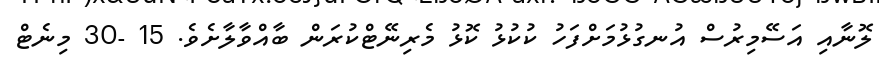
ލޮނާއި އަސޭމިރުސް އުނގުޅުމަށްފަހު ކުކުޅު ކޮޅު މެރިނޭޓްކުރަން ބާއްވާލާށެވެ. 15 -30 މިނެޓް